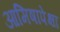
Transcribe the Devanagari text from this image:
आमिषापेक्षा